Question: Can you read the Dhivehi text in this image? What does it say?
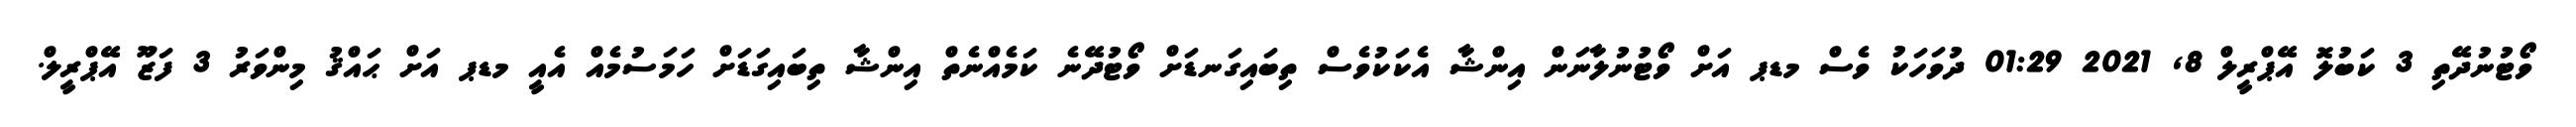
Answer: ވޯޓުނުދޭތި 3 ކަބުލޮ އޭޕްރީލް 8, 2021 01:29 ދުވަހަކު ވެސް މޑޕ އަށް ވޯޓުނުލާނަން އިންޝާ އެކަކުވެސް ތިބައިގަނޑަށް ވޯޓުދޭނެ ކަމެއްނެތް އިންޝާ ތިބައިގަޑަށް ހަމަސުމެއް އެއީ މޑޕ އަށް ޙައްޤު މިންވަރު 3 ފަޒޫ އޭޕްރީލް.